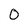
Character: 0